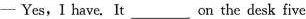
- Yes,I have. It ____on the desk five